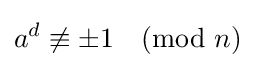
a^{d}\not \equiv \pm 1{\pmod {n}}